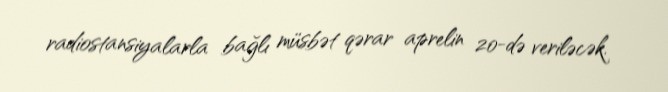
radiostansiyalarla bağlı müsbət qərar aprelin 20-də veriləcək.